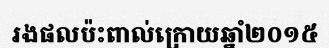
រងផលប៉ះពាល់ក្រោយឆ្នាំ២០១៥